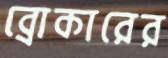
ব্রোকারের